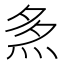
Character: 𤈕